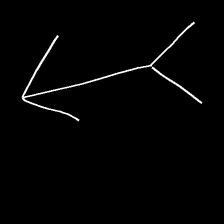
Glyph: gather